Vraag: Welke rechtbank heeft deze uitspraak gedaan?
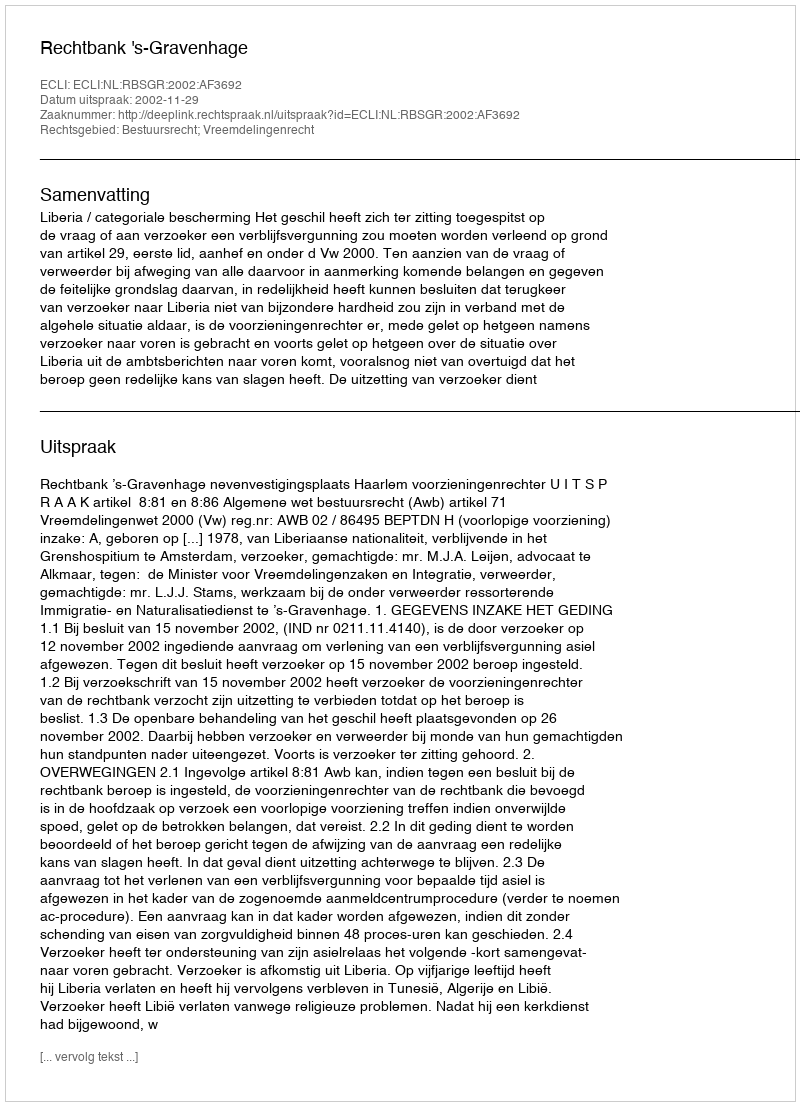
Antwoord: Rechtbank 's-Gravenhage